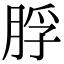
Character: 脬